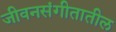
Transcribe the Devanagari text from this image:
जीवनसंगीतातील